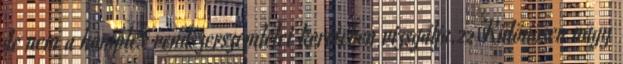
de nem a komplex rendszerszemlélet keretében vizsgálja.22 Különösen nagy